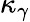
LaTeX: \kappa_{\gamma}